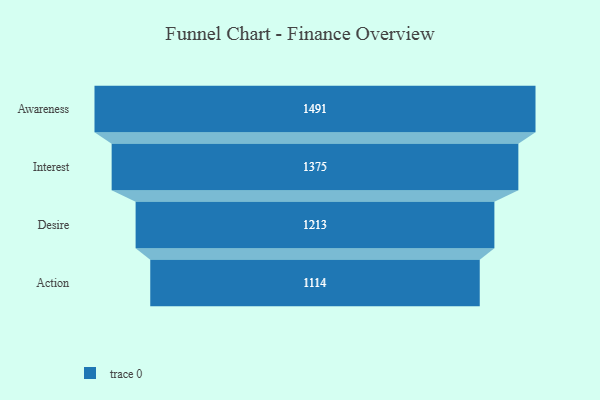
{"axis": {"x": "Stage", "y": "Value"}, "legend": [""], "data": [{"x": "Awareness", "y": 1491.0, "type": ""}, {"x": "Interest", "y": 1375.0, "type": ""}, {"x": "Desire", "y": 1213.0, "type": ""}, {"x": "Action", "y": 1114.0, "type": ""}]}